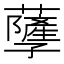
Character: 𧃯